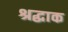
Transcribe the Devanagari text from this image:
श्रद्धाक